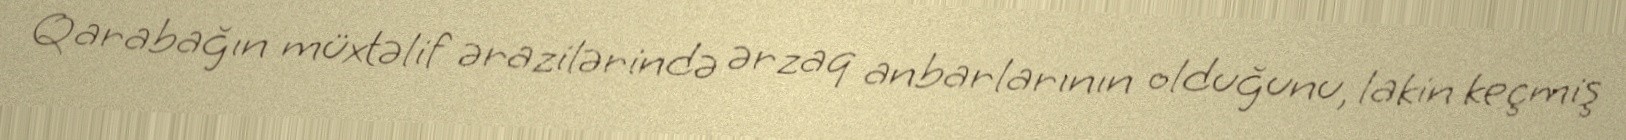
Qarabağın müxtəlif ərazilərində ərzaq anbarlarının olduğunu, lakin keçmiş